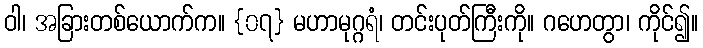
ဝါ၊ အခြားတစ်ယောက်က။ {၀၇} မဟာမုဂ္ဂရံ၊ တင်းပုတ်ကြီးကို။ ဂဟေတွာ၊ ကိုင်၍။